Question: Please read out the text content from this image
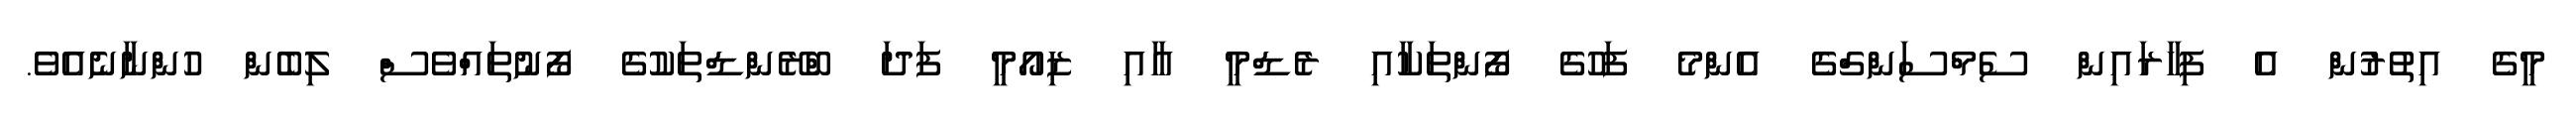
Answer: މީގެ އިތުރުން އެ ފިހާރައިން ސެމްސަންގްގެ އެންމެ ފަހުގެ ފޯންތަކާއި ރެޑްމީ އާއި ޒިއޯމީ ފަދަ ބްރޭންޑްތަކުގެ ފޯނުތައްވެސް ލިބެން ހުންނާނެއެވެ.